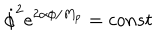
\dot { \phi } ^ { 2 } e ^ { 2 \alpha \phi / M _ { p } } = c o n s t